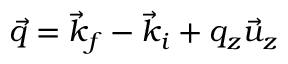
\vec { q } = \vec { k } _ { f } - \vec { k } _ { i } + q _ { z } \vec { u } _ { z }